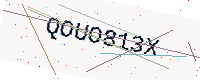
Text: QOUO813X